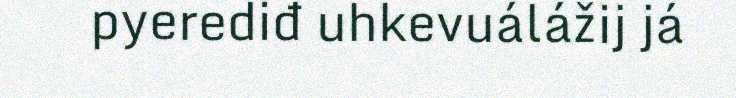
pyerediđ uhkevuálážij já